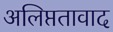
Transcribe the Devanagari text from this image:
अलिप्ततावाद